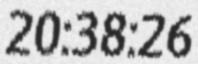
20:38:26